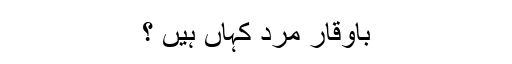
باوقار مرد کہاں ہیں ؟